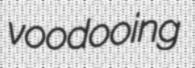
voodooing